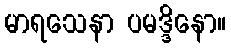
မာရသေနာ ပမဒ္ဒိနော။